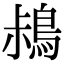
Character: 𪀖